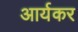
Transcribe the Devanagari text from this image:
आर्यकर